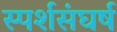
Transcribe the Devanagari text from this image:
स्पर्शसंघर्ष